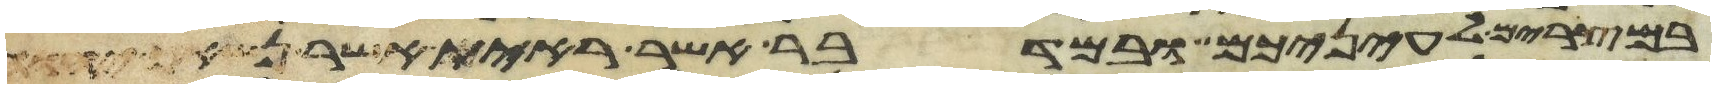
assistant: במצרים לעיניכם ובמדבר אשר ראית אשר נשאך יהוה